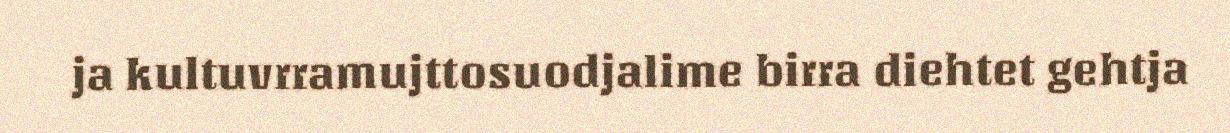
ja kultuvrramujttosuodjalime birra diehtet gehtja